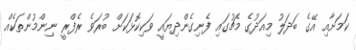
ކަމަށާއި އޭގެ ބަދަލު މިއަދުގެ މެޗުގައި ފެނިގެންދިޔައީ ވަކިކޮޅަކަށް ބުރަވެ ރެފްރީ ނިންމުންތަކެއް